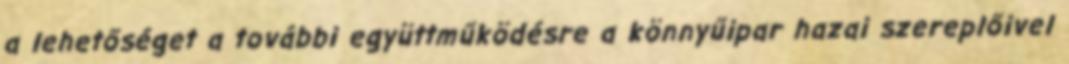
a lehetőséget a további együttműködésre a könnyűipar hazai szereplőivel